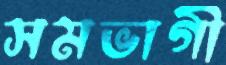
সমভাগী